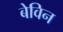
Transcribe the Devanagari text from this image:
बेविन